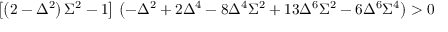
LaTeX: \left[ \left( 2 - \Delta ^ { 2 } \right) \Sigma ^ { 2 } - 1 \right] \, \left( - \Delta ^ { 2 } + 2 \Delta ^ { 4 } - 8 \Delta ^ { 4 } \Sigma ^ { 2 } + 1 3 \Delta ^ { 6 } \Sigma ^ { 2 } - 6 \Delta ^ { 6 } \Sigma ^ { 4 } \right) > 0